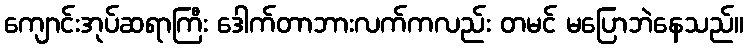
ကျောင်းအုပ်ဆရာကြီး ဒေါက်တာဘားလက်ကလည်း တမင် မပြောဘဲနေသည်။